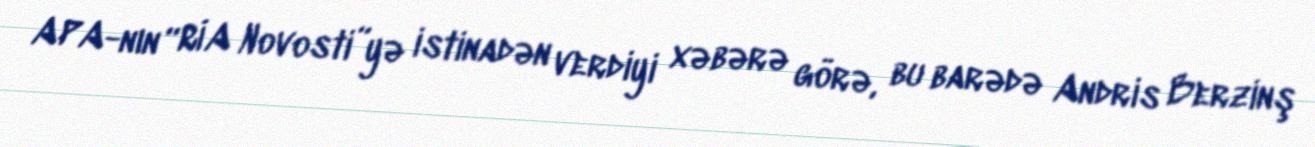
APA-nın “RİA Novosti”yə istinadən verdiyi xəbərə görə, bu barədə Andris Berzinş